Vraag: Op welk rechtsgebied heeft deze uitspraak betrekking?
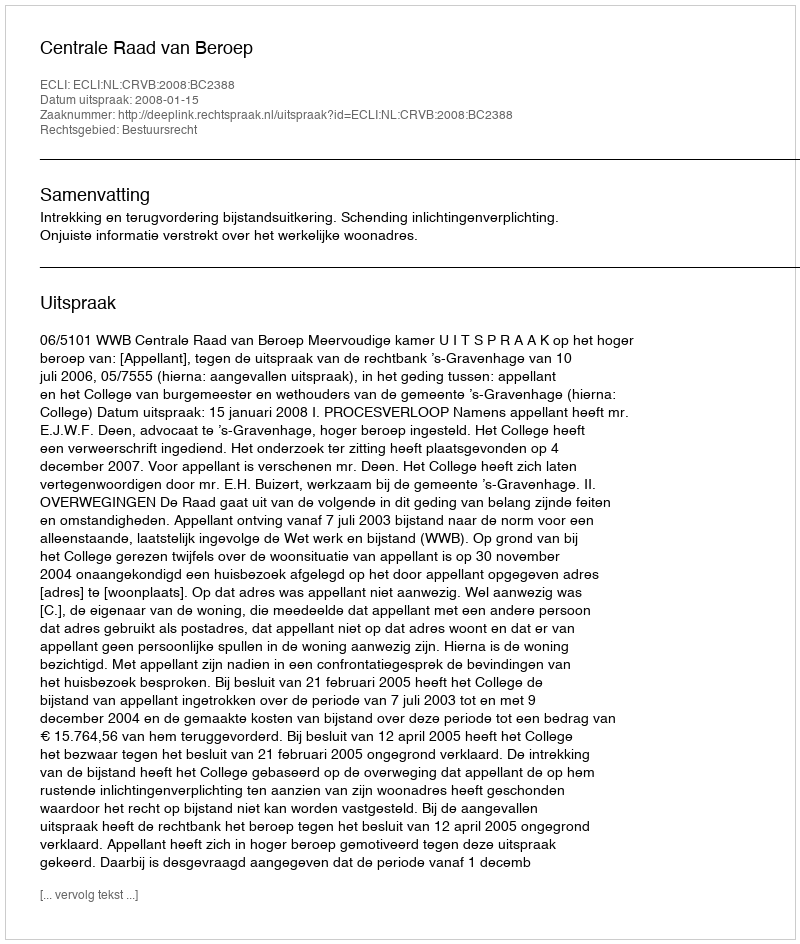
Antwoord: Bestuursrecht